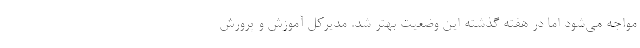
مواجه می‌شود اما در هفته گذشته این وضعیت بهتر شد. مدیرکل آموزش و پرورش